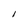
Character: I